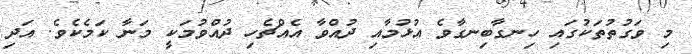
މި ވަގުތުތަކުގައި ހިނގާބިނގާވެ އުޅުމާއި ދުއްވާ އެއްޗެހި ދުއްވުމަކީ މަނާ ކަމެކެވެ. އަދި